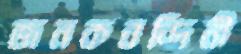
জনকনন্দিনী